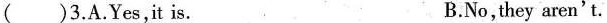
( ) 3. A. Yes,it is. B. No,they aren't.